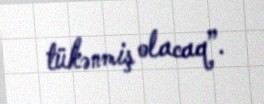
tükənmiş olacaq”.